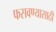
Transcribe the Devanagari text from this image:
फसवण्यासाठी